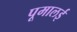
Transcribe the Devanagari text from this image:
पूमालई